Annual report on the working of the lock hospitals in the Central Provinces
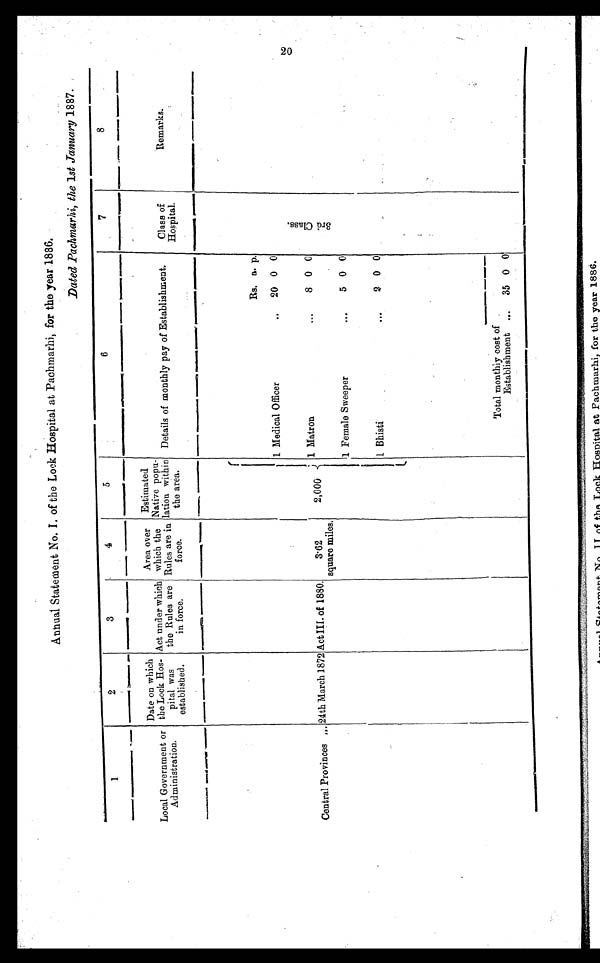
Annul Statement No. I. of the Lock Hospital at Pachmarhi, for the year 1886.
Dated Pachmarhi, the 1st January 1887.
1
2
3
4
5
6
7
8
Local Government or
Administration.
Date on which
the Lock Hos
pital was
established.
Act under which
the Rules are
in force.
Area over
which the
Rules are in
force.
Estimated
Native popu
lation within
the area.
Details of monthly pay of Establishment.
Class of
Hospital.
Remarks.
Rs. a. p.
3 r d C l a s s
1 Medical Officer
..
20 0 0
Central Provinces
. . . 24th March 1872 Act III. of 1880.
3·62
square miles.
2,000
1 Matron
. . .
8 0 0
1 Female Sweeper
...
5 0 0
1 Bhisti
. . .
2 0 0
Total monthly cost of
Establishment ...
35 0 0
20